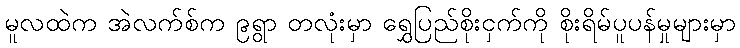
မူလထဲက အဲလက်စ်က ၉ရွာ တလုံးမှာ ရွှေပြည်စိုးငှက်ကို စိုးရိမ်ပူပန်မှုများမှာ